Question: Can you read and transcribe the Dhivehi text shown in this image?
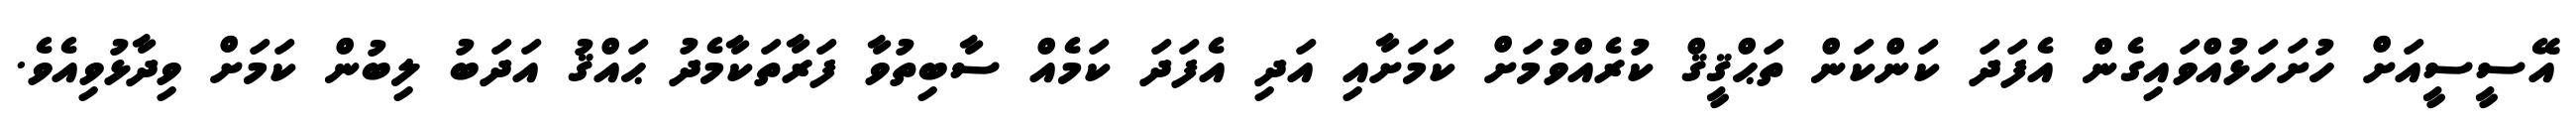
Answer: އޭސީސީއަށް ހުށަހަޅުއްވައިގެން އެފަދަ ކަންކަން ތަޙްޤީޤް ކުރެއްވުމަށް ކަމަށާއި އަދި އެފަދަ ކަމެއް ސާބިތުވާ ފަރާތަކާމެދު ޙައްޤު އަދަބު ލިބުން ކަމަށް ވިދާޅުވިއެވެ.